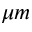
\mu m